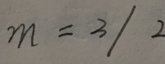
m = 3 / 2